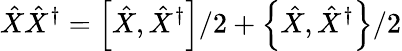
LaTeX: \hat{X}\hat{X}^{\dagger}=\left[\hat{X},\hat{X}^{\dagger}\right]/2+\left\{ \hat{X},\hat{X}^{\dagger}\right\} /2